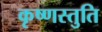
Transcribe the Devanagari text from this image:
कृष्णस्तुति